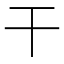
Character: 干